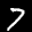
Label: 7